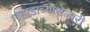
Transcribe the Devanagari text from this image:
पहाडाच्याशेजारी